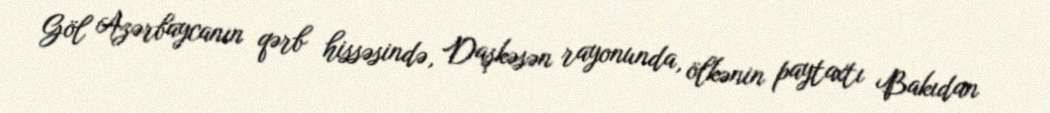
Göl Azərbaycanın qərb hissəsində, Daşkəsən rayonunda, ölkənin paytaxtı Bakıdan